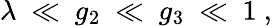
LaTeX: \lambda\ \ll\ g_{2}\ \ll\ g_{3}\ \ll\ 1\ ,